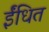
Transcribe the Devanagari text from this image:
ईंधित